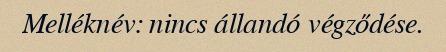
Melléknév: nincs állandó végződése.